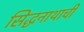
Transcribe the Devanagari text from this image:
सिद्धनाथाची